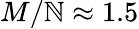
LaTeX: M/\mathbb{N}\approx1.5